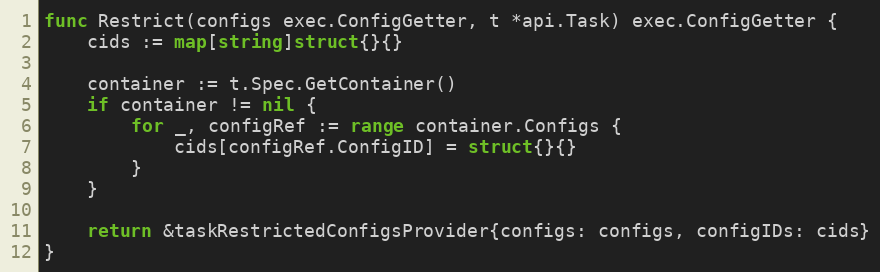
Language: Go
func Restrict(configs exec.ConfigGetter, t *api.Task) exec.ConfigGetter {
	cids := map[string]struct{}{}

	container := t.Spec.GetContainer()
	if container != nil {
		for _, configRef := range container.Configs {
			cids[configRef.ConfigID] = struct{}{}
		}
	}

	return &taskRestrictedConfigsProvider{configs: configs, configIDs: cids}
}